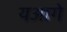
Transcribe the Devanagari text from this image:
यआगे